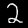
Label: 2